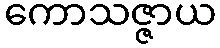
ကောသဇ္ဇာယ